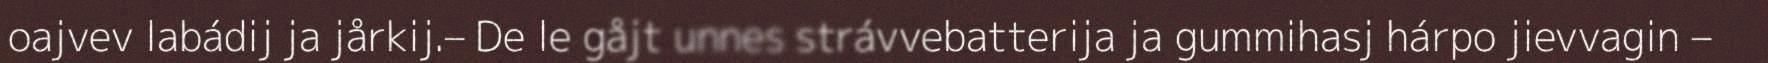
oajvev labádij ja jårkij.– De le gåjt unnes strávvebatterija ja gummihasj hárpo jievvagin –